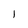
Character: l